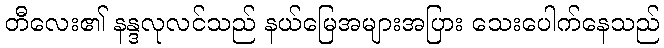
တီလေး၏ နန္ဒလုလင်သည် နယ်မြေအများအပြား သေးပေါက်နေသည်